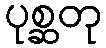
ပုစ္ဆတု